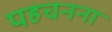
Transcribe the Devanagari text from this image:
पहचनना